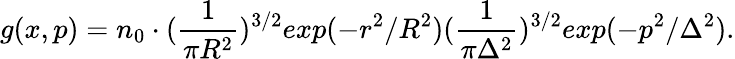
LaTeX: g(x,p)=n_{0}\cdot(\frac{1}{\pi R^{2}})^{3/2}exp(-r^{2}/R^{2})(\frac{1}{\pi\Delta^{2}})^{3/2}exp(-p^{2}/\Delta^{2}).